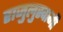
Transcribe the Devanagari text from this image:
राजुलुस्वामी